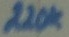
Text: 220K